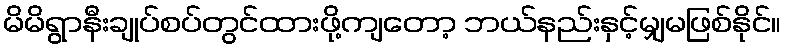
မိမိရွာနီးချုပ်စပ်တွင်ထားဖို့ကျတော့ ဘယ်နည်းနှင့်မျှမဖြစ်နိုင်။